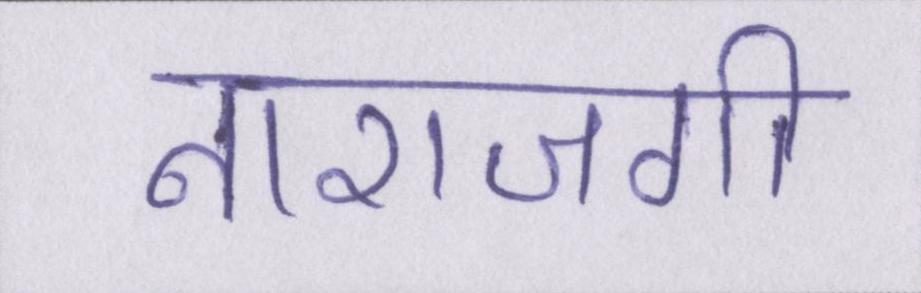
नाराजगी